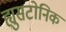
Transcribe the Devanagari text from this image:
ह्युसटोनिक